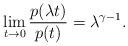
LaTeX: \begin{align*}\lim_{t\to 0} \frac{p(\lambda t)}{p(t)}=\lambda^{\gamma-1} .\end{align*}